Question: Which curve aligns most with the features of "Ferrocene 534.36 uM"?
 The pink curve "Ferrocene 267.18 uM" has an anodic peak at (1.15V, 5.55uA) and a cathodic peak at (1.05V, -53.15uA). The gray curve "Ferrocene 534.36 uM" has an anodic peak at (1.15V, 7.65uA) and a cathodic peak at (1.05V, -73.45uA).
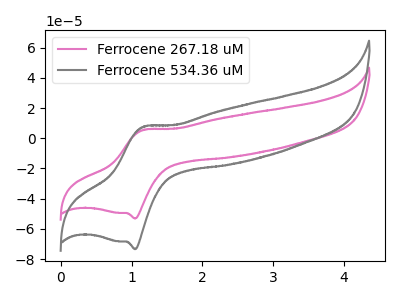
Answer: <think>All the peaks in "Ferrocene 267.18 uM" have a peak in "Ferrocene 534.36 uM" at the same potential. Every peak in "Ferrocene 267.18 uM" is lower than every peak in "Ferrocene 534.36 uM".
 </think>
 <answer>The CV with the most similar shape to "Ferrocene 267.18 uM" is "Ferrocene 534.36 uM".</answer>
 <eval>"Ferrocene 534.36 uM"</eval>